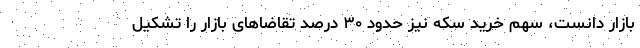
بازار دانست، سهم خرید سکه نیز حدود ۳۰ درصد تقاضاهای بازار را تشکیل